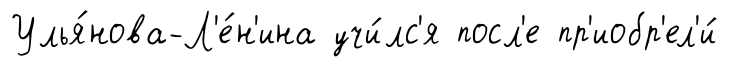
Улья́нова-Л'е́н'ина учи́лс'я посл'е пр'иобр'ел'и́